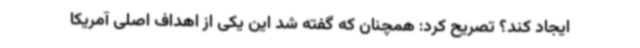
ایجاد کند؟ تصریح کرد: همچنان که گفته شد این یکی از اهداف اصلی آمریکا